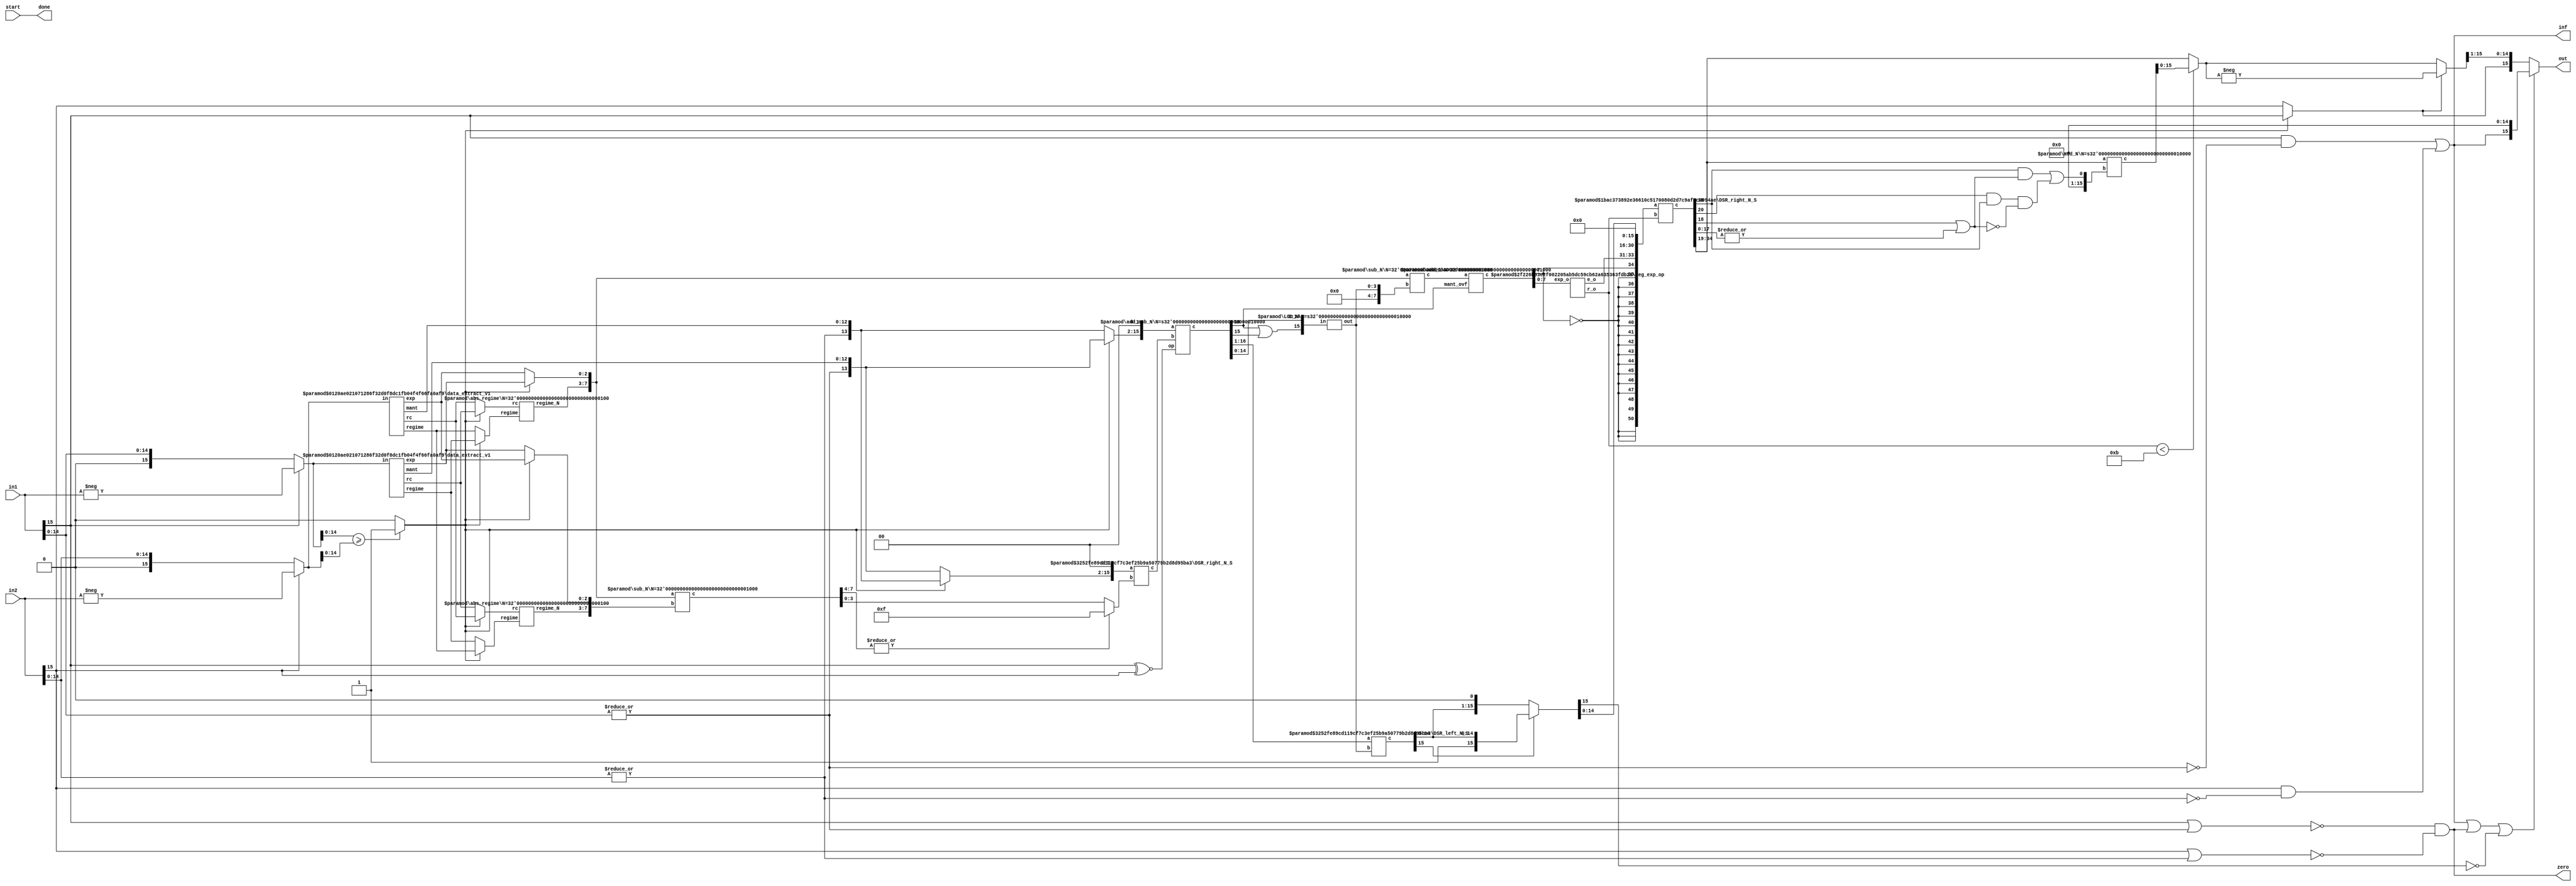
`timescale 1ns / 1ps
module posit_add (in1, in2, start, out, inf, zero, done);

function [31:0] log2;
input reg [31:0] value;
	begin
	value = value-1;
	for (log2=0; value>0; log2=log2+1)
        	value = value>>1;
      	end
endfunction

parameter N = 16;
parameter Bs = log2(N); 
parameter es = 3;

input [N-1:0] in1, in2;
input start; 
output [N-1:0] out;
output inf, zero;
output done;

wire start0= start;
wire s1 = in1[N-1];
wire s2 = in2[N-1];
wire zero_tmp1 = |in1[N-2:0];
wire zero_tmp2 = |in2[N-2:0];
wire inf1 = in1[N-1] & (~zero_tmp1),
	inf2 = in2[N-1] & (~zero_tmp2);
wire zero1 = ~(in1[N-1] | zero_tmp1),
	zero2 = ~(in2[N-1] | zero_tmp2);
assign inf = inf1 | inf2,
	zero = zero1 & zero2;

//Data Extraction
wire rc1, rc2;
wire [Bs-1:0] regime1, regime2;
wire [es-1:0] e1, e2;
wire [N-es-1:0] mant1, mant2;
wire [N-1:0] xin1 = s1 ? -in1 : in1;
wire [N-1:0] xin2 = s2 ? -in2 : in2;
data_extract_v1 #(.N(N),.es(es)) uut_de1(.in(xin1), .rc(rc1), .regime(regime1), .exp(e1), .mant(mant1));
data_extract_v1 #(.N(N),.es(es)) uut_de2(.in(xin2), .rc(rc2), .regime(regime2), .exp(e2), .mant(mant2));

wire [N-es:0] m1 = {zero_tmp1,mant1}, 
	m2 = {zero_tmp2,mant2};

//Large Checking and Assignment
wire in1_gt_in2 = (xin1[N-2:0] >= xin2[N-2:0]) ? 1'b1 : 1'b0;

wire ls = in1_gt_in2 ? s1 : s2;
wire op = s1 ~^ s2;

wire lrc = in1_gt_in2 ? rc1 : rc2;
wire src = in1_gt_in2 ? rc2 : rc1;

wire [Bs-1:0] lr = in1_gt_in2 ? regime1 : regime2;
wire [Bs-1:0] sr = in1_gt_in2 ? regime2 : regime1;

wire [es-1:0] le = in1_gt_in2 ? e1 : e2;
wire [es-1:0] se = in1_gt_in2 ? e2 : e1;

wire [N-es:0] lm = in1_gt_in2 ? m1 : m2;
wire [N-es:0] sm = in1_gt_in2 ? m2 : m1;

//Exponent Difference: Lower Mantissa Right Shift Amount
wire [es+Bs+1:0] diff;
wire [Bs:0] lr_N;
wire [Bs:0] sr_N;
abs_regime #(.N(Bs)) uut_abs_regime1 (lrc, lr, lr_N);
abs_regime #(.N(Bs)) uut_abs_regime2 (src, sr, sr_N);
sub_N #(.N(es+Bs+1)) uut_ediff ({lr_N,le}, {sr_N, se}, diff);
wire [Bs-1:0] exp_diff = (|diff[es+Bs:Bs]) ? {Bs{1'b1}} : diff[Bs-1:0];

//DSR Right Shifting
wire [N-1:0] DSR_right_in;
generate
	if (es >= 2) 
	assign DSR_right_in = {sm,{es-1{1'b0}}};
	else 
	assign DSR_right_in = sm;
endgenerate

wire [N-1:0] DSR_right_out;
wire [Bs-1:0] DSR_e_diff  = exp_diff;
DSR_right_N_S #(.N(N), .S(Bs))  dsr1(.a(DSR_right_in), .b(DSR_e_diff), .c(DSR_right_out));

//Mantissa Addition
wire [N-1:0] add_m_in1;
generate
	if (es >= 2) 
	assign add_m_in1 = {lm,{es-1{1'b0}}};
	else 
	assign add_m_in1 = lm;
endgenerate

wire [N:0] add_m;
add_sub_N #(.N(N)) uut_add_sub_N (op, add_m_in1, DSR_right_out, add_m);
wire [1:0] mant_ovf = add_m[N:N-1];

//LOD
wire [N-1:0] LOD_in = {(add_m[N] | add_m[N-1]), add_m[N-2:0]};
wire [Bs-1:0] left_shift;
LOD_N #(.N(N)) l2(.in(LOD_in), .out(left_shift));

//DSR Left Shifting
wire [N-1:0] DSR_left_out_t;
DSR_left_N_S #(.N(N), .S(Bs)) dsl1(.a(add_m[N:1]), .b(left_shift), .c(DSR_left_out_t));
wire [N-1:0] DSR_left_out = DSR_left_out_t[N-1] ? DSR_left_out_t[N-1:0] : {DSR_left_out_t[N-2:0],1'b0}; 


//Exponent and Regime Computation
wire [es+Bs+1:0] le_o_tmp, le_o;
sub_N #(.N(es+Bs+1)) sub3 ({lr_N,le}, {{es+1{1'b0}},left_shift}, le_o_tmp);
add_1 #(.N(es+Bs+1)) uut_add_mantovf (le_o_tmp, mant_ovf[1], le_o);

wire [es-1:0] e_o;
wire [Bs-1:0] r_o;
reg_exp_op #(.es(es), .Bs(Bs)) uut_reg_ro (le_o[es+Bs:0], e_o, r_o);

//Exponent and Mantissa Packing
wire [2*N-1+3:0] tmp_o;
generate
	if(es > 2)
		assign tmp_o = { {N{~le_o[es+Bs]}}, le_o[es+Bs], e_o, DSR_left_out[N-2:es-2], |DSR_left_out[es-3:0]};
	else 
		assign tmp_o = { {N{~le_o[es+Bs]}}, le_o[es+Bs], e_o, DSR_left_out[N-2:0], {3-es{1'b0}} };

endgenerate


//Including/Pushing Regime bits in Exponent-Mantissa Packing
wire [3*N-1+3:0] tmp1_o;
DSR_right_N_S #(.N(3*N+3), .S(Bs)) dsr2 (.a({tmp_o,{N{1'b0}}}), .b(r_o), .c(tmp1_o));


//Rounding RNE : ulp_add = G.(R + S) + L.G.(~(R+S))
wire L = tmp1_o[N+4], G = tmp1_o[N+3], R = tmp1_o[N+2], St = |tmp1_o[N+1:0],
     ulp = ((G & (R | St)) | (L & G & ~(R | St)));
wire [N-1:0] rnd_ulp = {{N-1{1'b0}},ulp};

wire [N:0] tmp1_o_rnd_ulp;
add_N #(.N(N)) uut_add_ulp (tmp1_o[2*N-1+3:N+3], rnd_ulp, tmp1_o_rnd_ulp);
wire [N-1:0] tmp1_o_rnd = (r_o < N-es-2) ? tmp1_o_rnd_ulp[N-1:0] : tmp1_o[2*N-1+3:N+3];


//Final Output
wire [N-1:0] tmp1_oN = ls ? -tmp1_o_rnd : tmp1_o_rnd;
assign out = inf|zero|(~DSR_left_out[N-1]) ? {inf,{N-1{1'b0}}} : {ls, tmp1_oN[N-1:1]},
	done = start0;

endmodule

/////////////////////////
module data_extract_v1(in, rc, regime, exp, mant);
function [31:0] log2;
input reg [31:0] value;
	begin
	value = value-1;
	for (log2=0; value>0; log2=log2+1)
        	value = value>>1;
      	end
endfunction

parameter N=16;
parameter Bs=log2(N);
parameter es = 2;

input [N-1:0] in;
output rc;
output [Bs-1:0] regime;
output [es-1:0] exp;
output [N-es-1:0] mant;

wire [N-1:0] xin = in;
assign rc = xin[N-2];

wire [N-1:0] xin_r = rc ? ~xin : xin;

wire [Bs-1:0] k;
LOD_N #(.N(N)) xinst_k(.in({xin_r[N-2:0],rc^1'b0}), .out(k));

assign regime = rc ? k-1 : k;

wire [N-1:0] xin_tmp;
DSR_left_N_S #(.N(N), .S(Bs)) ls (.a({xin[N-3:0],2'b0}),.b(k),.c(xin_tmp));

assign exp= xin_tmp[N-1:N-es];
assign mant= xin_tmp[N-es-1:0];

endmodule

/////////////////
module sub_N (a,b,c);
parameter N=10;
input [N-1:0] a,b;
output [N:0] c;
wire [N:0] ain = {1'b0,a};
wire [N:0] bin = {1'b0,b};
sub_N_in #(.N(N)) s1 (ain,bin,c);
endmodule

/////////////////////////
module add_N (a,b,c);
parameter N=10;
input [N-1:0] a,b;
output [N:0] c;
wire [N:0] ain = {1'b0,a};
wire [N:0] bin = {1'b0,b};
add_N_in #(.N(N)) a1 (ain,bin,c);
endmodule

/////////////////////////
module sub_N_in (a,b,c);
parameter N=10;
input [N:0] a,b;
output [N:0] c;
assign c = a - b;
endmodule

/////////////////////////
module add_N_in (a,b,c);
parameter N=10;
input [N:0] a,b;
output [N:0] c;
assign c = a + b;
endmodule

/////////////////////////
module add_sub_N (op,a,b,c);
parameter N=10;
input op;
input [N-1:0] a,b;
output [N:0] c;
wire [N:0] c_add, c_sub;

add_N #(.N(N)) a11 (a,b,c_add);
sub_N #(.N(N)) s11 (a,b,c_sub);
assign c = op ? c_add : c_sub;
endmodule

/////////////////////////
module add_1 (a,mant_ovf,c);
parameter N=10;
input [N:0] a;
input mant_ovf;
output [N:0] c;
assign c = a + mant_ovf;
endmodule

/////////////////////////
module abs_regime (rc, regime, regime_N);
parameter N = 10;
input rc;
input [N-1:0] regime;
output [N:0] regime_N;

assign regime_N = rc ? {1'b0,regime} : -{1'b0,regime};
endmodule

/////////////////////////
module conv_2c (a,c);
parameter N=10;
input [N:0] a;
output [N:0] c;
assign c = a + 1'b1;
endmodule

module reg_exp_op (exp_o, e_o, r_o);
parameter es=3;
parameter Bs=5;
input [es+Bs:0] exp_o;
output [es-1:0] e_o;
output [Bs-1:0] r_o;

assign e_o = exp_o[es-1:0];

wire [es+Bs:0] exp_oN_tmp;
conv_2c #(.N(es+Bs)) uut_conv_2c1 (~exp_o[es+Bs:0],exp_oN_tmp);
wire [es+Bs:0] exp_oN = exp_o[es+Bs] ? exp_oN_tmp[es+Bs:0] : exp_o[es+Bs:0];
assign r_o = (~exp_o[es+Bs] || |(exp_oN[es-1:0])) ? exp_oN[es+Bs-1:es] + 1 : exp_oN[es+Bs-1:es];
endmodule

/////////////////////////
module DSR_left_N_S(a,b,c);
        parameter N=16;
        parameter S=4;
        input [N-1:0] a;
        input [S-1:0] b;
        output [N-1:0] c;

wire [N-1:0] tmp [S-1:0];
assign tmp[0]  = b[0] ? a << 7'd1  : a; 
genvar i;
generate
	for (i=1; i<S; i=i+1)begin:loop_blk
		assign tmp[i] = b[i] ? tmp[i-1] << 2**i : tmp[i-1];
	end
endgenerate
assign c = tmp[S-1];

endmodule


/////////////////////////
module DSR_right_N_S(a,b,c);
        parameter N=16;
        parameter S=4;
        input [N-1:0] a;
        input [S-1:0] b;
        output [N-1:0] c;

wire [N-1:0] tmp [S-1:0];
assign tmp[0]  = b[0] ? a >> 7'd1  : a; 
genvar i;
generate
	for (i=1; i<S; i=i+1)begin:loop_blk
		assign tmp[i] = b[i] ? tmp[i-1] >> 2**i : tmp[i-1];
	end
endgenerate
assign c = tmp[S-1];

endmodule

/////////////////////////

module LOD_N (in, out);

  function [31:0] log2;
    input reg [31:0] value;
    begin
      value = value-1;
      for (log2=0; value>0; log2=log2+1)
	value = value>>1;
    end
  endfunction

parameter N = 64;
parameter S = log2(N); 
input [N-1:0] in;
output [S-1:0] out;

wire vld;
LOD #(.N(N)) l1 (in, out, vld);
endmodule


module LOD (in, out, vld);

  function [31:0] log2;
    input reg [31:0] value;
    begin
      value = value-1;
      for (log2=0; value>0; log2=log2+1)
	value = value>>1;
    end
  endfunction


parameter N = 64;
parameter S = log2(N);

   input [N-1:0] in;
   output [S-1:0] out;
   output vld;

  generate
    if (N == 2)
      begin
	assign vld = |in;
	assign out = ~in[1] & in[0];
      end
    else if (N & (N-1))
      //LOD #(1<<S) LOD ({1<<S {1'b0}} | in,out,vld);
      LOD #(1<<S) LOD ({in,{((1<<S) - N) {1'b0}}},out,vld);
    else
      begin
	wire [S-2:0] out_l, out_h;
	wire out_vl, out_vh;
	LOD #(N>>1) l(in[(N>>1)-1:0],out_l,out_vl);
	LOD #(N>>1) h(in[N-1:N>>1],out_h,out_vh);
	assign vld = out_vl | out_vh;
	assign out = out_vh ? {1'b0,out_h} : {out_vl,out_l};
      end
  endgenerate
endmodule